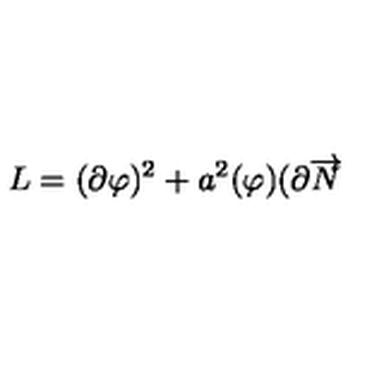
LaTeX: L = ( \partial \varphi ) ^ { 2 } + a ^ { 2 } ( \varphi ) ( \partial \overrightarrow { N }